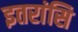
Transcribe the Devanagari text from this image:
इतरांसि